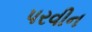
પરવીન